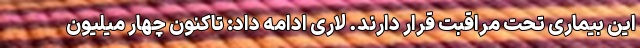
این بیماری تحت مراقبت قرار دارند. لاری ادامه داد: تاکنون چهار میلیون